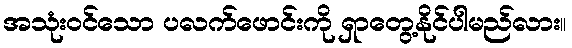
အသုံးဝင်သော ပလက်ဖောင်းကို ရှာတွေ့နိုင်ပါမည်လား။